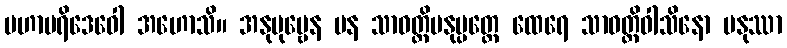
မဟာပရိဒေဝေါ အဟောသိ။ အနုပုဗ္ဗေန ပန သာဝတ္ထိမနုပ္ပတ္တေ ထေရေ သာဝတ္ထိဝါသိနော မနုဿာ